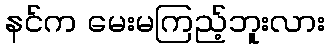
နင်က မေးမကြည့်ဘူးလား